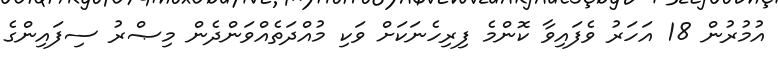
އުމުރުން 18 އަހަރު ވެފައިވާ ކޮންމެ ފިރިހެނަކަށް ވަކި މުއްދަތެއްވަންދެން މިޞްރު ސިފައިންގެ